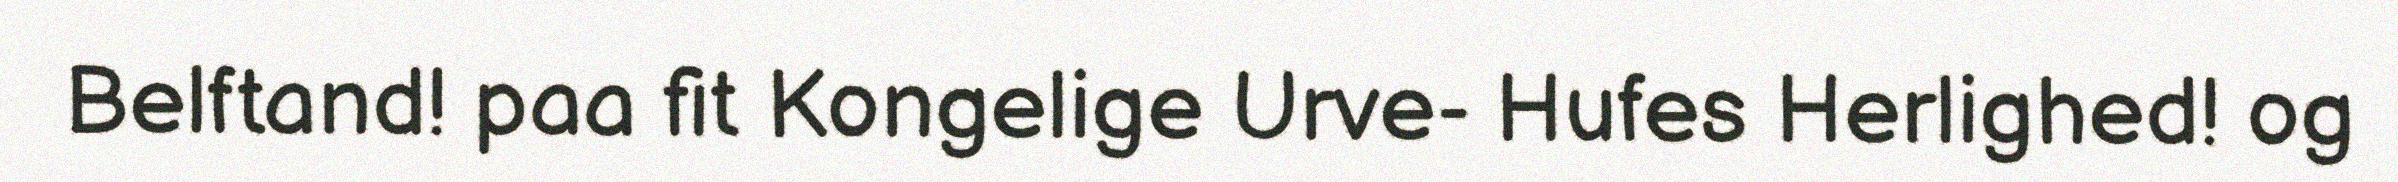
Belftand! paa fit Kongelige Urve- Hufes Herlighed! og